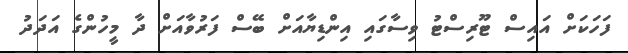
ފަހަކަށް އައިސް ޓޫރިސްޓު ވިސާގައި އިންޑިޔާއަށް ބޭސް ފަރުވާއަށް ދާ މީހުންގެ އަދަދު